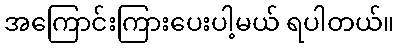
အကြောင်းကြားပေးပါ့မယ် ရပါတယ်။